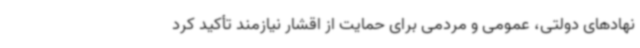
نهادهای دولتی، عمومی و مردمی برای حمایت از اقشار نیازمند تأکید کرد